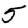
Digit: 5